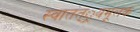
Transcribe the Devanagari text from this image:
स्वातंत््रयमूलक